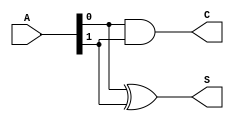
module current_mode_half_adder (
    input  wire [1:0] A, // Current inputs A (bit 0) and B (bit 1)
    output wire S,       // Current output for Sum
    output wire C        // Current output for Carry
);

    // Compute Sum (S) using XOR logic
    assign S = A[0] ^ A[1];

    // Compute Carry (C) using AND logic
    assign C = A[0] & A[1];

endmodule